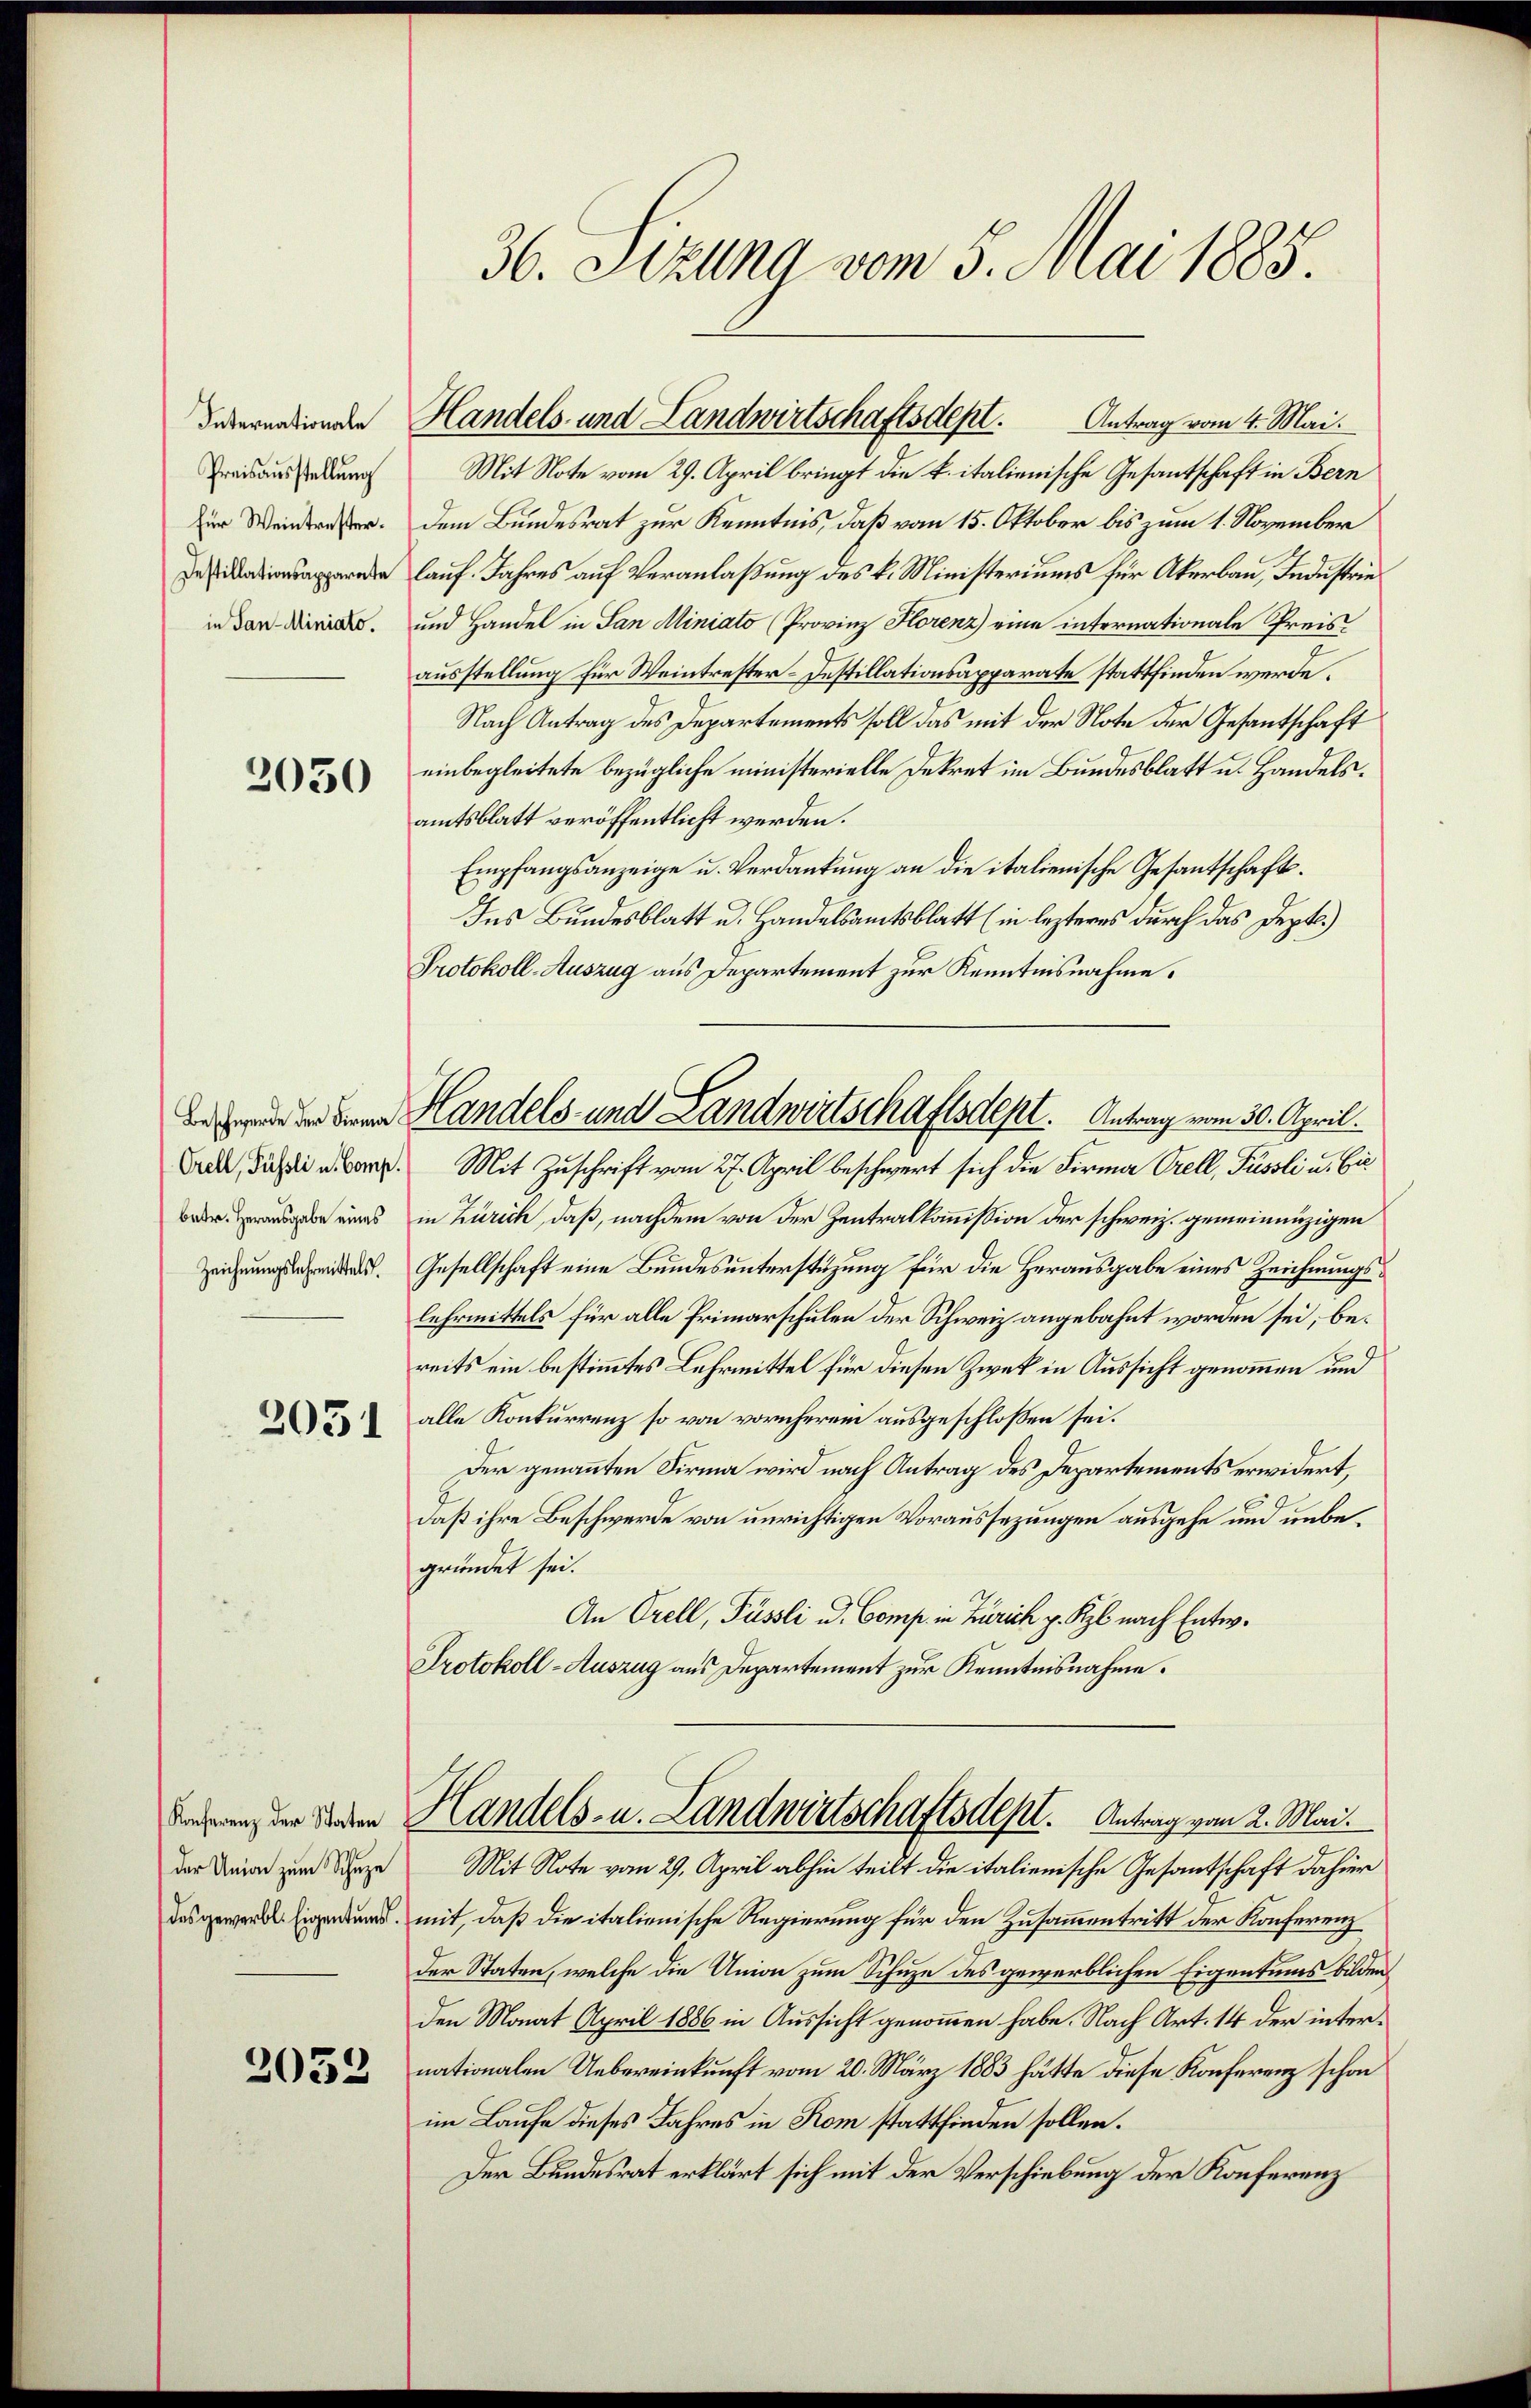
Internationale
Preisausstellung
für Weintrester.
Destillationsapparate
in Tanz-Miniato.

2050

2051

Konferenz der Staten
der Union zum Schuze
des gewerbl. Eigentums.

2032

36. Sizung vom 5. Mai 1885.

Mit Note vom 29. April bringt die k. italienische Gesantschaft in Bern
dem Bundesrat zur Kenntnis, daß vom 15. Oktober bis zum 1. November
lauf. Jahres auf Veranlaßung des k. Ministeriums für Akerbau, Industrie
und Handel in San Miniato (Provinz Horenz eine internationale Preisausstellung für Weintrester-Destillationsapparate stattfinden werde.
Nach Antrag des Departements soll das mit der Note der Gesantschaft
einbegleitete bezügliche ministerielle Dekret im Bundesblatt u. Handelsamtsblatt veröffentlicht werden.
Empfangsanzeige u. Verdankung an die italienische Gesantschaft¬
Ins Bundesblatt u. Handelsamtsblatt (in lezteres durch das Dept.)
Protokoll-Auszug aus Departement zur Kenntnisnahme.
Alde, daß die eben. Mit Zuschrift vom 27. April beschwert sich die Firma Orell, Füssli u. Ei
e eines in Zürich, daß, nachdem von der Zentralkommission der schweiz. gemeinenzigen
. Gesellschaft eine Bundesunterstüzung für die Herausgabe eines Zeichnungslehrmittels für alle Primarschulen der Schweiz angebahnt worden sei, bereits ein bestimmtes Lehrmittel für diesen Zwek in Aussicht genommen und
alle Konkurrenz so von vornherein ausgeschloßen sei.
Der genannten Firma wird nach Antrag des Departements erwidert,
C
daß ihre Beschwerde von unrichtigen Voraussezungen ausgehe um unbegründet sei.
An Orell, Füssli u. Comp. in Zürich p. Kzl nach Entw.
Protokoll-Auszug aus Departement zur Kenntnisnahme.
Handels- u. Landwirtschaftsdept.   Antrag vom 2. Mai.
Mit Note vom 29. April abhin teilt die italienische Gesantschaft dahier
mit, daß die italienische Regierung für den Zusammentritt der Konferenz
der Staten, welche die Anion zum Schuze des gewerblichen Eigentums bilden
den Monat April 1886 in Aussicht genommen habe. Nach Art. 14 der internationalen Uebereinkunft vom 20. März 1883 hätte diese Konferenz schon
im Laufe dieses Jahres in Rom stattfinden sollen.
Der Bundesrat erklärt sich mit der Verschiebung der Konferenz

Handels- und Landwirtschaftsdept. Antrag vom 4. Mai.

deh den Handels- und Landwirtschaftsdept. Antrag vom 30. April.